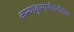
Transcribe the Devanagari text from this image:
कन्याकुमारीपर्यंतचा